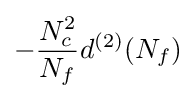
-{\frac {N_{c}^{2}}{N_{f}}}d^{(2)}(N_{f})